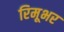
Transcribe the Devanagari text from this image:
रिमूभर